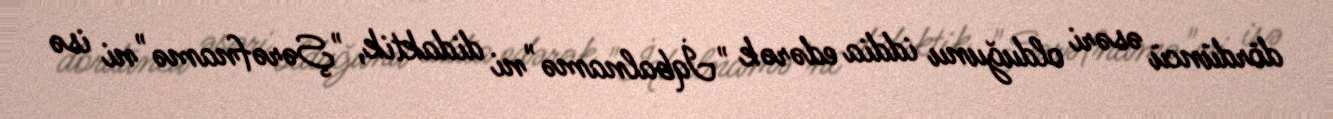
dördüncü əsəri olduğunu iddia edərək "İqbalnamə"ni didaktik, "Şərəfnamə"ni isə